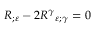
R _ { ; \varepsilon } - 2 { R ^ { \gamma } } _ { \varepsilon ; \gamma } = 0